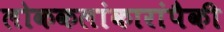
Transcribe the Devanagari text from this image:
लोककलांकारांपैकी